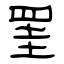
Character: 罣